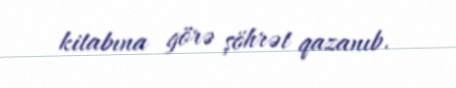
kitabına görə şöhrət qazanıb.